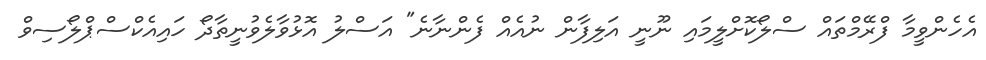
އެހެންވީމާ ފްރޭމްތައް ސްލޯކޮށްލީމައި ނޫނީ އަލިފާން ނުއެއް ފެންނާނެ" އަސްލު އޮޅުވާލެވުނީތާދޯ ހައިއެކްސްޕްލޯސިވް